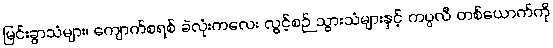
မြင်းခွာသံများ၊ ကျောက်စရစ် ခဲလုံးကလေး လွင့်စဉ် သွားသံများနှင့် ကပ္ပလီ တစ်ယောက်ကို